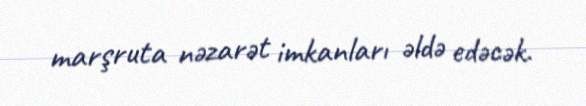
marşruta nəzarət imkanları əldə edəcək.